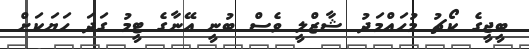
ބީޖީގެ ކޯޗު މުހައްމަދު ޝާޒްލީ ވެސް ބުނީ އޭނާގެ ޓީމު ގަދަ ހަޔަކަށް